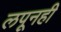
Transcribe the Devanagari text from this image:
लपूनही